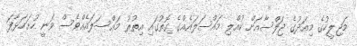
މަޖިލީހުގެ މިއަދުގެ ޖަލްސާއަށް ކުއްލި މައްސަލައެއްގެ ގޮތުގައި އިތުރު މައްސަލައެއްވެސް ވަނީ ހުށަހަޅާފަ